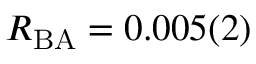
R _ { \mathrm { B A } } = 0 . 0 0 5 ( 2 )